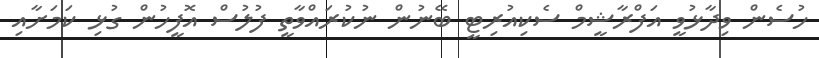
ހުސެން ވިދާޅުވީ އަފްރާޝީމް ސެކިއުރިޓީ ބޭނުން ނުކުރައްވާތީ ފުލުސް އޮފީހުން ގުޅި ކަމަށާއި